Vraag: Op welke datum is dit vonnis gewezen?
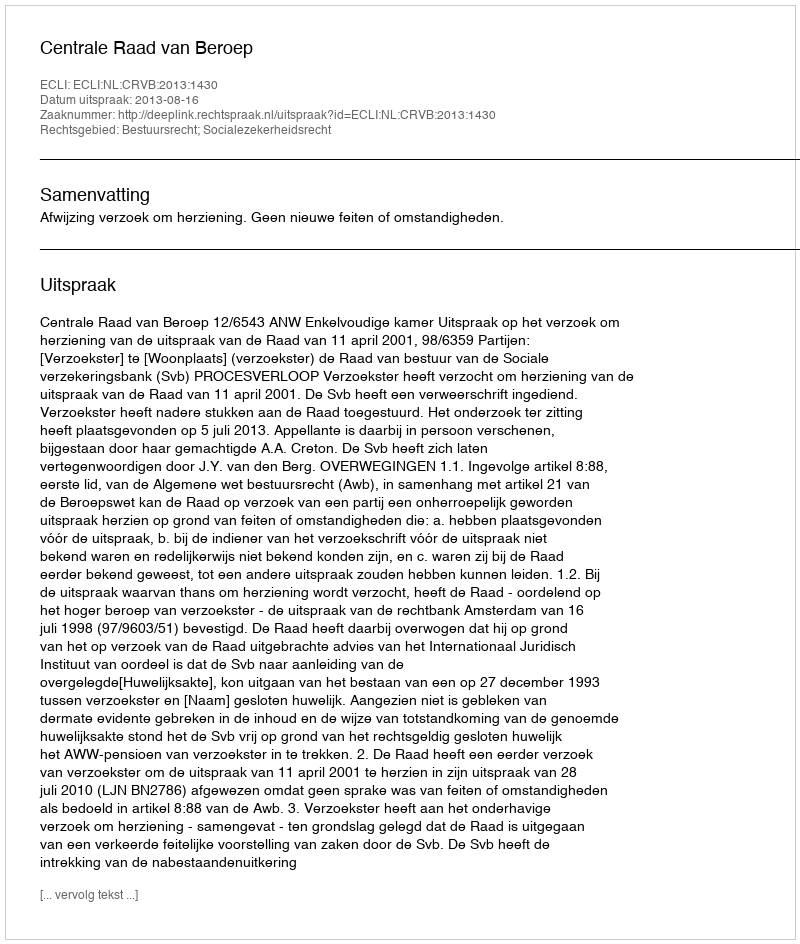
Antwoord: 2013-08-16